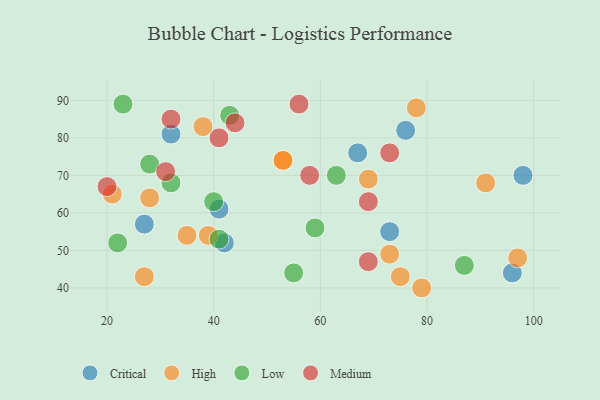
{"axis": {"x": "GDP", "y": "Life Expectancy"}, "legend": ["Critical", "High", "Low", "Medium"], "data": [{"x": "32", "y": 81, "type": "Critical"}, {"x": "27", "y": 57, "type": "Critical"}, {"x": "67", "y": 76, "type": "Critical"}, {"x": "76", "y": 82, "type": "Critical"}, {"x": "73", "y": 55, "type": "Critical"}, {"x": "96", "y": 44, "type": "Critical"}, {"x": "98", "y": 70, "type": "Critical"}, {"x": "42", "y": 52, "type": "Critical"}, {"x": "41", "y": 61, "type": "Critical"}, {"x": "53", "y": 74, "type": "High"}, {"x": "79", "y": 40, "type": "High"}, {"x": "91", "y": 68, "type": "High"}, {"x": "28", "y": 64, "type": "High"}, {"x": "69", "y": 69, "type": "High"}, {"x": "53", "y": 74, "type": "High"}, {"x": "21", "y": 65, "type": "High"}, {"x": "27", "y": 43, "type": "High"}, {"x": "38", "y": 83, "type": "High"}, {"x": "75", "y": 43, "type": "High"}, {"x": "97", "y": 48, "type": "High"}, {"x": "39", "y": 54, "type": "High"}, {"x": "35", "y": 54, "type": "High"}, {"x": "73", "y": 49, "type": "High"}, {"x": "78", "y": 88, "type": "High"}, {"x": "43", "y": 86, "type": "Low"}, {"x": "87", "y": 46, "type": "Low"}, {"x": "40", "y": 63, "type": "Low"}, {"x": "63", "y": 70, "type": "Low"}, {"x": "22", "y": 52, "type": "Low"}, {"x": "41", "y": 53, "type": "Low"}, {"x": "23", "y": 89, "type": "Low"}, {"x": "28", "y": 73, "type": "Low"}, {"x": "59", "y": 56, "type": "Low"}, {"x": "55", "y": 44, "type": "Low"}, {"x": "32", "y": 68, "type": "Low"}, {"x": "20", "y": 67, "type": "Medium"}, {"x": "41", "y": 80, "type": "Medium"}, {"x": "31", "y": 71, "type": "Medium"}, {"x": "69", "y": 47, "type": "Medium"}, {"x": "69", "y": 63, "type": "Medium"}, {"x": "58", "y": 70, "type": "Medium"}, {"x": "32", "y": 85, "type": "Medium"}, {"x": "44", "y": 84, "type": "Medium"}, {"x": "56", "y": 89, "type": "Medium"}, {"x": "73", "y": 76, "type": "Medium"}]}